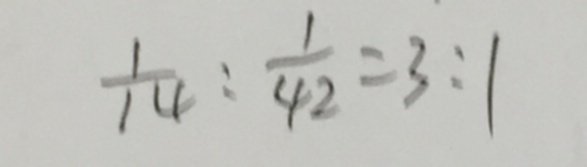
\frac { 1 } { 1 4 } : \frac { 1 } { 4 2 } = 3 : 1